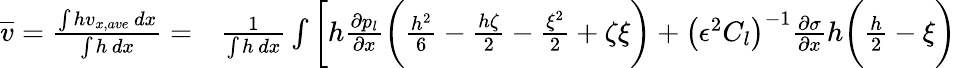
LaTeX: \begin{array}{rl}{\overline{{v}}=\frac{\int hv_{x,ave}\, dx}{\int h\, dx}=}&{{}\frac{1}{\int h\, dx}\int\bigg[h\frac{\partial p_{l}}{\partial x}\bigg(\frac{h^{2}}{6}-\frac{h\zeta}{2}-\frac{\xi^{2}}{2}+\zeta\xi\bigg)+\left(\epsilon^{2}C_{l}\right)^{-1}\frac{\partial\sigma}{\partial x}h\bigg(\frac{h}{2}-\xi\bigg)}\end{array}